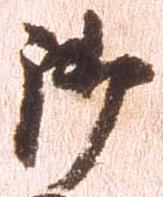
御